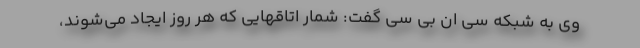
وی به شبکه سی ان بی سی گفت: شمار اتاقهایی که هر روز ایجاد می‌شوند،